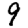
Digit: 9